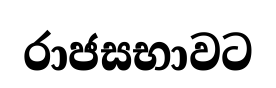
රාජසභාවට